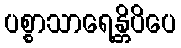
ပစ္စာသာရေန္တိပိပေ